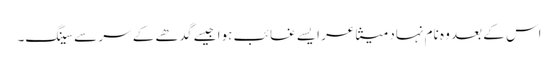
اس کے بعد وہ نام نہاد متشاعر ایسے غائب ہوا جیسے گدھے کے سر سے سینگ۔